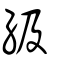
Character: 級